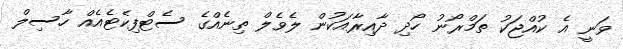
ވަނީ އެ ކުއްޖަކު ތަމްރޯނު ހޯދި ދާއިރާއަކުން ލެވެލް ތިނެއްގެ ސެޓްފިކެޓެއެއް ހާސިލް